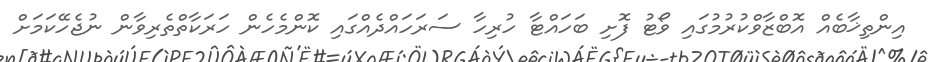
އިންތިޚާބެއް އޮބްޒާވްކުރުމުގައި ވޯޓު ފޮށި ބަހައްޓާ ހުރިހާ ސަރަހައްދެއްގައި ކޮންމެހެން ހަރަކާތްތެރިވާން ނުޖެހޭކަމަށް